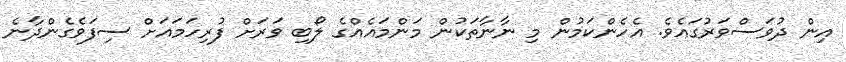
އިން ދުވަސްވަރުގައެވެ. އެހެންކަމުން މި ނާނާތަކުން މަންމައެއްގެ ލޯބި ވަރަށް ފުރިހަމައަށް ސިފަވެގެންދާނެ